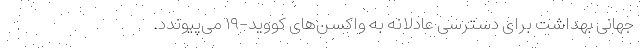
جهانی بهداشت برای دسترسی عادلانه به واکسن‌های کووید-۱۹ می‌پیوندد.